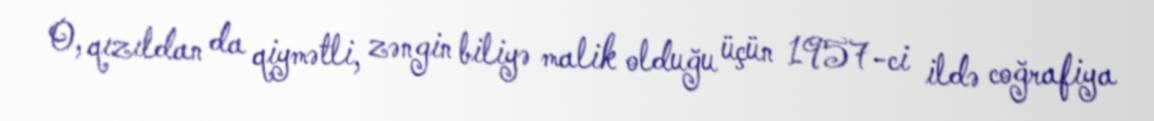
O, qızıldan da qiymətli, zəngin biliyə malik olduğu üçün 1957-ci ildə coğrafiya